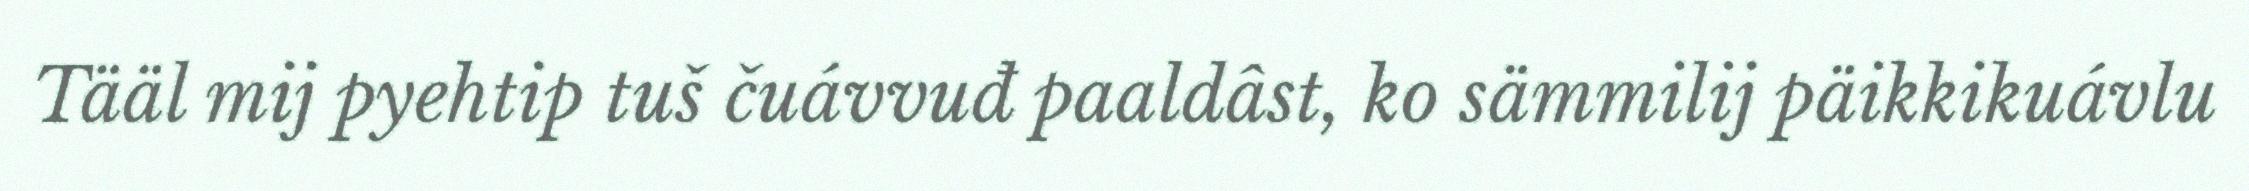
Tääl mij pyehtip tuš čuávvuđ paaldâst, ko sämmilij päikkikuávlu